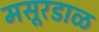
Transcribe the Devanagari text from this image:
मसूरडाळ